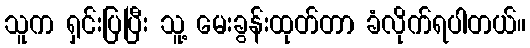
သူက ရှင်းပြပြီး သူ့ မေးခွန်းထုတ်တာ ခံလိုက်ရပါတယ်။